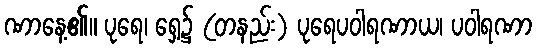
ဏာနေ့၏။ ပုရေ၊ ရှေ့၌ (တနည်း) ပုရေပဝါရဏာယ၊ ပဝါရဏာ